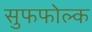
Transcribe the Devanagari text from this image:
सुफफोल्क